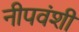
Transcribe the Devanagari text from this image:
नीपवंशी